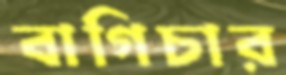
বাগিচার